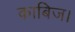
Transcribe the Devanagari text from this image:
काबिज।